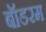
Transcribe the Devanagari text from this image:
बॉडरम